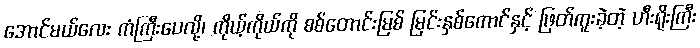
အောင်မယ်လေး ကံကြီးပေလို့၊ ကိုယ့်ကိုယ်ကို စစ်တောင်းမြစ် မြင်းနှစ်ကောင်နှင့် ဖြတ်ကူးခဲ့တဲ့ ဟီးရိုးကြီး